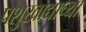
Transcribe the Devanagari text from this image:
पशुखाद्याच्या